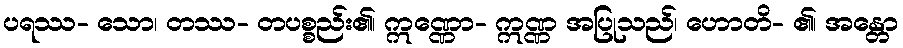
ပရဿ- သော၊ တဿ- တပစ္စည်း၏၊ ဣဏ္ဏော- ဣဏ္ဏ အပြုသည်၊ ဟောတိ- ၏၊ အန္တော